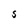
Character: S